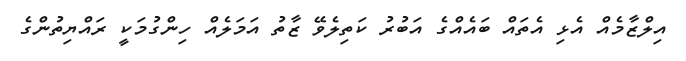
އިލްޒާމެއް އެޅި އެތައް ބައެއްގެ އަބުރު ކަތިލެވޭ ޒާތު އަމަލެއް ހިންގުމަކީ ރައްޔިތުންގެ